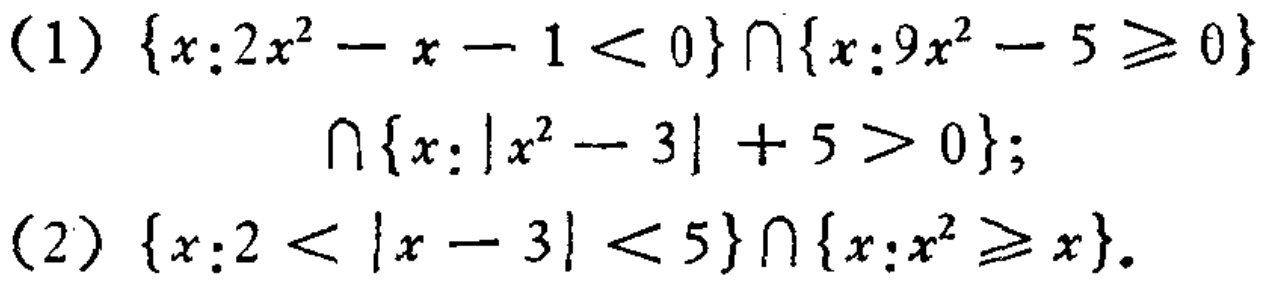
(1) \(\{x:2x^{2}-x - 1<0\}\cap\{x:9x^{2}-5\geq0\}\cap\{x:\vert x^{2}-3\vert + 5>0\}\);
(2) \(\{x:2<\vert x - 3\vert<5\}\cap\{x:x^{2}\geq x\}\).